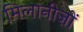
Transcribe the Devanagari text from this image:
मिलानीज़ों